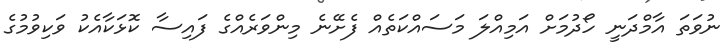
ނުވަތަ އާމްދަނީ ހޯދުމަށް އަމިއްލަ މަސައްކަތެއް ފެށޭނެ މިންވަރެއްގެ ފައިސާ ކޮޅަކާއެކު ވަކިވުމުގެ